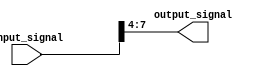
module bit_select_assign (
    input wire [7:0] input_signal,
    output reg [3:0] output_signal
);

always @* begin
    output_signal[3:0] = input_signal[7:4]; // Selecting bits 7 to 4 from input_signal and assigning to output_signal
end

endmodule